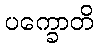
ပက္ခောတိ